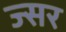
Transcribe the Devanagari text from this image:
ज्सर